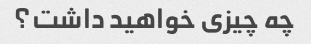
چه چیزی خواهید داشت؟